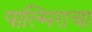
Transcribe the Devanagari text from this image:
पाल्मिराचा